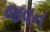
જવન